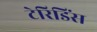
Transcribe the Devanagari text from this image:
टेरिडिंस